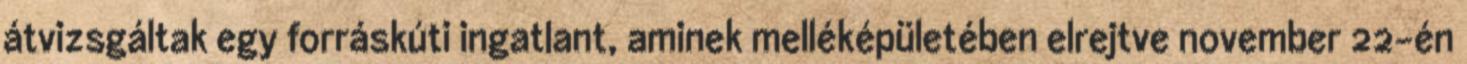
átvizsgáltak egy forráskúti ingatlant, aminek melléképületében elrejtve november 22-én